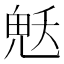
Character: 𮫜